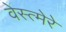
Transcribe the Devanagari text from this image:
वेस्त्मेरे